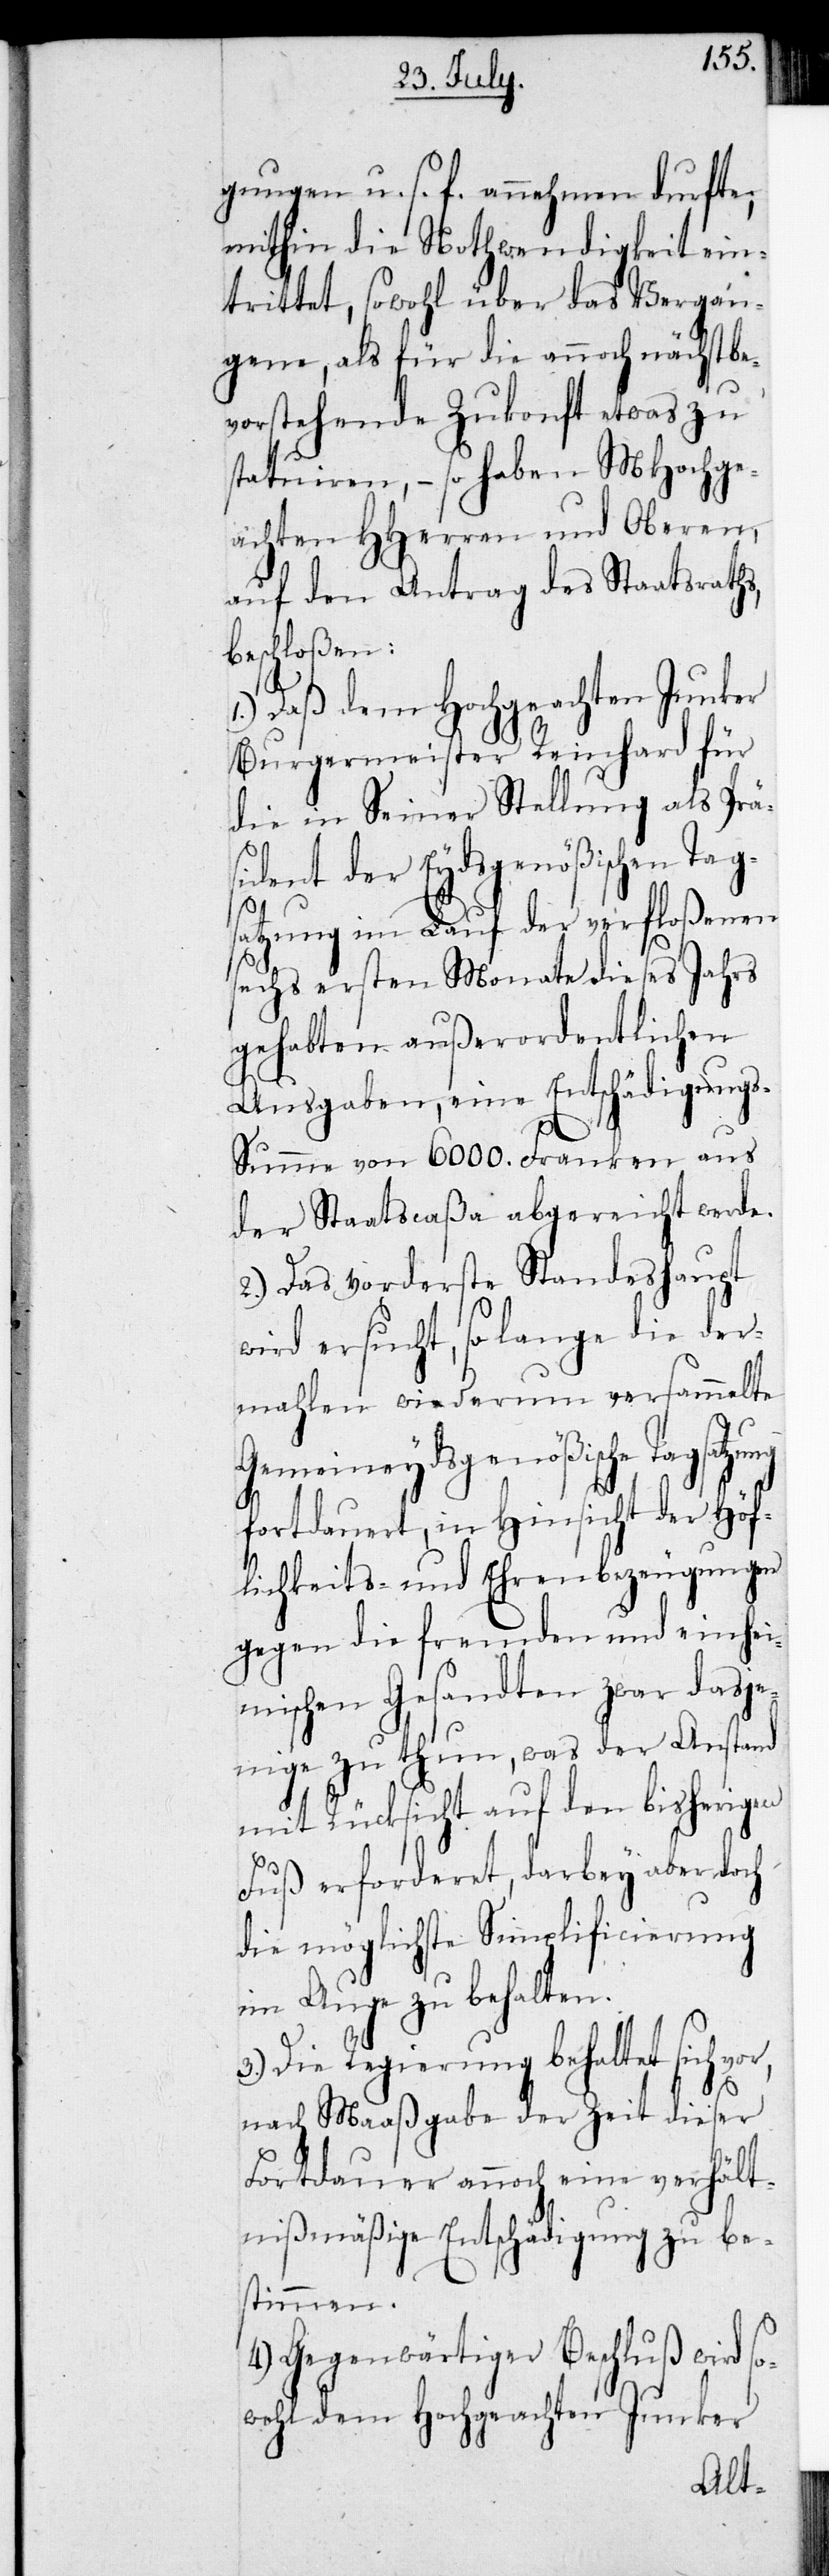
gungen u. s. f. annehmen durfte,
mithin die Nothwendigkeit ein¬
trittet, sowohl über das Vergan¬
gene, als für die annoch nächstbe¬
auf den Antrag des Staatsraths,
beschloßen:
1.) Daß dem Hochgeachten Junker
Burgermeister Reinhard für
die in Seiner Stellung als Prä¬
sident der Eydsgenößischen Tag¬
satzung im Lauf der verfloßenen
sechs ersten Monate dieses Jahrs
gehabten außerordentlichen
Ausgaben, eine Entschädigung¬
s-Summe von 6000. Franken aus
der Staatscaßa abgereicht werde.
2.) Das vorderste Standeshaupt
wird ersucht, so lange die der¬
mahlen wiederum versammelte
Gemeineydsgenößische
fortdauert, in Hinsicht der Höf¬
lichkeits- und Ehrenbezeugungen
gegen die fremden und einhei¬
mischen Gesandten zwar dasje¬
nige zu thun, was der Anstand
mit Rücksicht auf den bisherigen
Fuß erforderet, darbey aber doch
die möglichste Simplificierung
im Auge zu behalten.
3.) Die Regierung behaltet sich
nach Maaßgabe der Zeit dieser
Fortdauer annoch eine verhält¬
nißmäßige Entschädigung zu be¬
stimmen.
4.) Gegenwärtiger Beschluß wird so¬
wohl dem Hochgeachten Junker